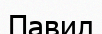
Павил